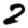
Digit: 2